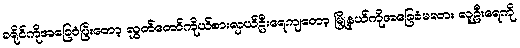
ခရိုင်ကိုအခြေခံပြီးတော့ လွှတ်တော်ကိုယ်စားလှယ်ဦးရေကျတော့ မြို့နယ်ကိုအခြေခံမလား လူဦးရေကို